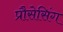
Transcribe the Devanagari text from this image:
प्रौसेसिंग